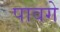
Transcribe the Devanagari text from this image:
पावगे